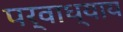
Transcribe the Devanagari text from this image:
पर्वाध्याय